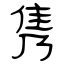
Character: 隽